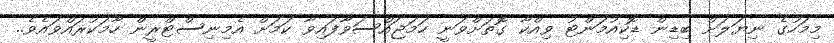
މިމަހުގެ ނިޔަލަށް ބިޑިން ޑޮކިއުމަންޓު ވިއްކާ ގޮތަށްވަނީ ހަމަޖައްސަވާފައިވާ ކަމަށް އެމިނިސްޓްރީން ހާމަކުރައްވައެވެ..